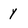
Character: y